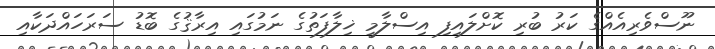
ނޫސްވެރިއެއްގެ ކަރު ބުރި ކޮށްލައިފި އިސްލާމީ ޚިލާފަތުގެ ނަމުގައި އިރާޤުގެ ބޮޑު ސަރަހައްދަކާއި